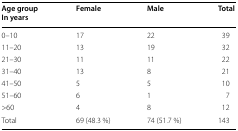
| Age groupIn years | Female | Male | Total |
 | --- | --- | --- | --- |
 | 0–10 | 17 | 22 | 39 |
 | 11–20 | 13 | 19 | 32 |
 | 21–30 | 11 | 11 | 22 |
 | 31–40 | 13 | 8 | 21 |
 | 41–50 | 5 | 5 | 10 |
 | 51–60 | 6 | 1 | 7 |
 | >60 | 4 | 8 | 12 |
 | Total | 69 (48.3 %) | 74 (51.7 %) | 143 |